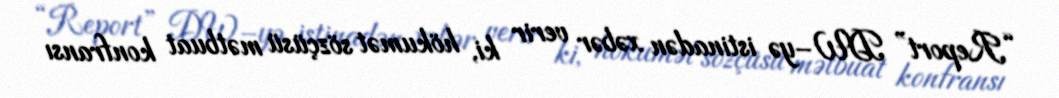
“Report” DW–yə istinadən xəbər verir ki, hökumət sözçüsü mətbuat konfransı